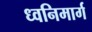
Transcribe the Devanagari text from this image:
ध्वनिमार्ग